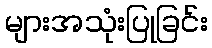
များအသုံးပြုခြင်း